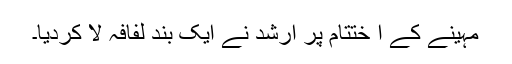
مہینے کے ا ختتام پر ارشد نے ایک بند لفافہ لا کردیا۔